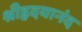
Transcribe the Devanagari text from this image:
श्रीहृदयानंद